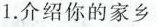
1.介绍你的家乡